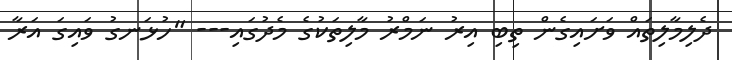
ދެލިމާލިތައް ވަށައިގެން ތިބި އިރު ނަމްރު މާލިތަކުގެ މެދުގައި--- "ހުޅަނގު ވައިގަ އަރާ